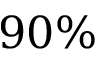
9 0 \%